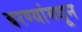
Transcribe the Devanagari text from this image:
बरण्यांमधून